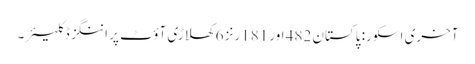
آخری اسکور: پاکستان 482 اور 181رنز 6 کھلاڑی آؤٹ پر اننگز ڈکلیئر۔